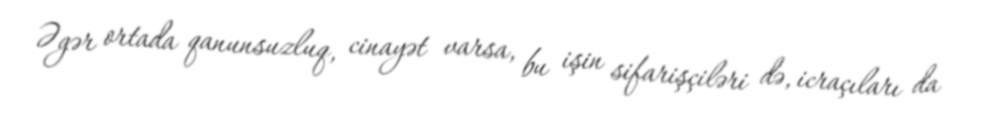
Əgər ortada qanunsuzluq, cinayət varsa, bu işin sifarişçiləri də, icraçıları da